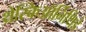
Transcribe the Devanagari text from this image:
थ्रेस्किऑर्निथिडे